Civil Veterinary Department Bihar & Orissa reports 1929-36 - 1929-1936
Year: 1929
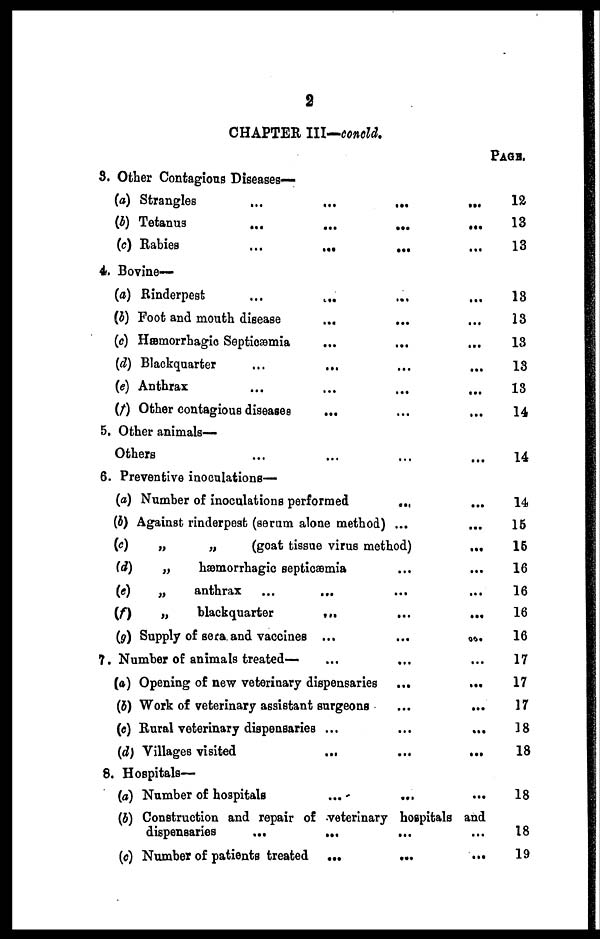
2
CHAPTER III—concld.
3. Other Contagious Diseases-
(a) Strangles ... ... ... ...
(b) Tetanus ... ... ... ...
(c) Rabies
...
...
... ...
4. Bovine-
(a) Rinderpest ... ... ... ...
(b) Foot and mouth disease ... ... ...
(c) Hæmorrhagic Septicæmia ... ... ...
(d) Blackquarter ... ... ... ...
(e) Anthrax ... ... ... ...
(f) Other contagious diseases ... ... ...
5. Other animals-
Others ... ... ... ...
6. Preventive inoculations-
(a) Number of inoculations performed ... ...
(b) Against rinderpest (serum alone method) ...
(c)
„
„
(goat tissue virus method)
...
(d)
„
hæmorrhagic septicæmia ... ...
(e)
„
anthrax ... ... ... ...
(f)
„
blackquarter
...
...
...
(g) Supply of sera and vaccines ...
...
...
7. Number of animals treated— ... ... ...
(a) Opening of new veterinary dispensaries ... ...
(b) Work of veterinary assistant surgeons ... ...
(c) Rural veterinary dispensaries ... ... ...
(d) Villages visited
...
...
...
8. Hospitals—
(a) Number of hospitals
...
... ...
(b) Construction and repair of veterinary hospitals and
dispensaries
...
... ... ...
(c) Number of patients treated
...
...
...
PAGE.
12
13
13
13
13
13
13
18
14
14
14
15
16
16
16
16
16
17
17
17
18
18
18
18
19